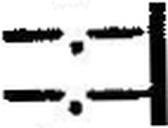
—.—